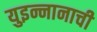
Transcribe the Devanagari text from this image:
युइन्नानाची